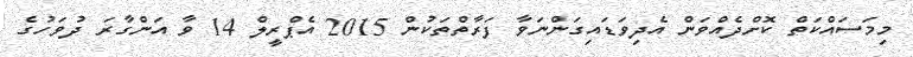
މިމަސައްކަތް ކޮށްދެއްވަން އެދިވަޑައިގަންނަވާ ފަރާތްތަކުން 2015 އެޕްރީލް 14 ވާ އަންގާރަ ދުވަހުގެ